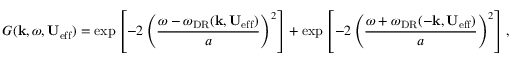
G ( \mathbf { k } , \omega , \mathbf { U } _ { \mathrm { e f f } } ) = \mathrm { e x p } \left[ - 2 \left( \frac { \omega - \omega _ { \mathrm { D R } } ( \mathbf { k } , \mathbf { U } _ { \mathrm { e f f } } ) } { a } \right) ^ { 2 } \right] + \mathrm { e x p } \left[ - 2 \left( \frac { \omega + \omega _ { \mathrm { D R } } ( - \mathbf { k } , \mathbf { U } _ { \mathrm { e f f } } ) } { a } \right) ^ { 2 } \right] ,